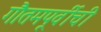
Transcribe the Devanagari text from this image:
गौतमपूर्वीची